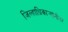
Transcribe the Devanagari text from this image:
जिल्हाधिकार्‍यांनीतर